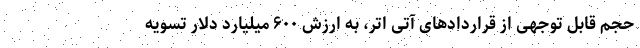
حجم قابل توجهی از قراردادهای آتی اتر، به ارزش ۶۰۰ میلیارد دلار تسویه